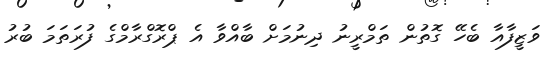
ވަޒީފާއާ ބެހޭ ގޮތުން ތަމްރީނު ދިނުމަށް ބާއްވާ އެ ޕްރޮގްރާމްގެ ފުރަތަމަ ބުރު